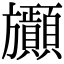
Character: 𣄫